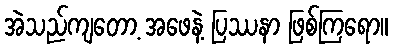
အဲသည်ကျတော့ အဖေနဲ့ ပြဿနာ ဖြစ်ကြရော။